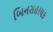
બિનસહાયક